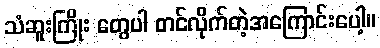
သံဆူးကြိုး တွေပါ တင်လိုက်တဲ့အကြောင်းပေါ့။